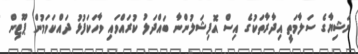
ރަޝިޔާގެ ސަލާމަތީ އިދާރާތަކުގެ އިސް އޮފިޝަލުންނާ ބައްދަލު ކުރައްވައި ވާހަކަފުޅު ދައްކަވަމުން ޕޫޓިން